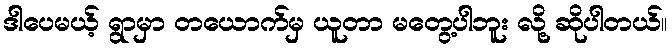
ဒါပေမယ့် ရွာမှာ တယောက်မှ ယူတာ မတွေ့ပါဘူး လို့ ဆိုပါတယ်။